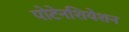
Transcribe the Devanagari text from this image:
पोटेनशियेशन